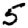
Digit: 5